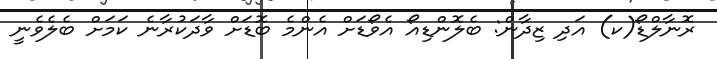
ރޮނާލްޑޯ(ކ) އަދި ޒިދާން: ބެލޮންޑިއޯ އެވޯޑަށް އެންމެ ބޮޑަށް ވާދަކުރާނެ ކަމަށް ބެލެވެނީ